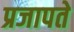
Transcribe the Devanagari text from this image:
प्रजापते